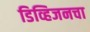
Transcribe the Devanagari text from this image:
डिव्हिजनचा